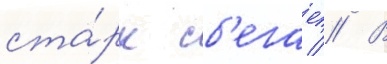
ста́рк сб'егает // В